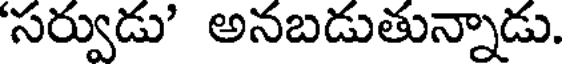
సర్వుడు' అనబడుతున్నాడు.